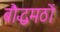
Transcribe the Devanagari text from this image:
बौद्धमठों